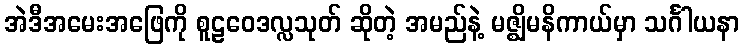
အဲဒီအမေးအဖြေကို စူဠဝေဒလ္လသုတ် ဆိုတဲ့ အမည်နဲ့ မဇ္ဈိမနိကာယ်မှာ သင်္ဂါယနာ